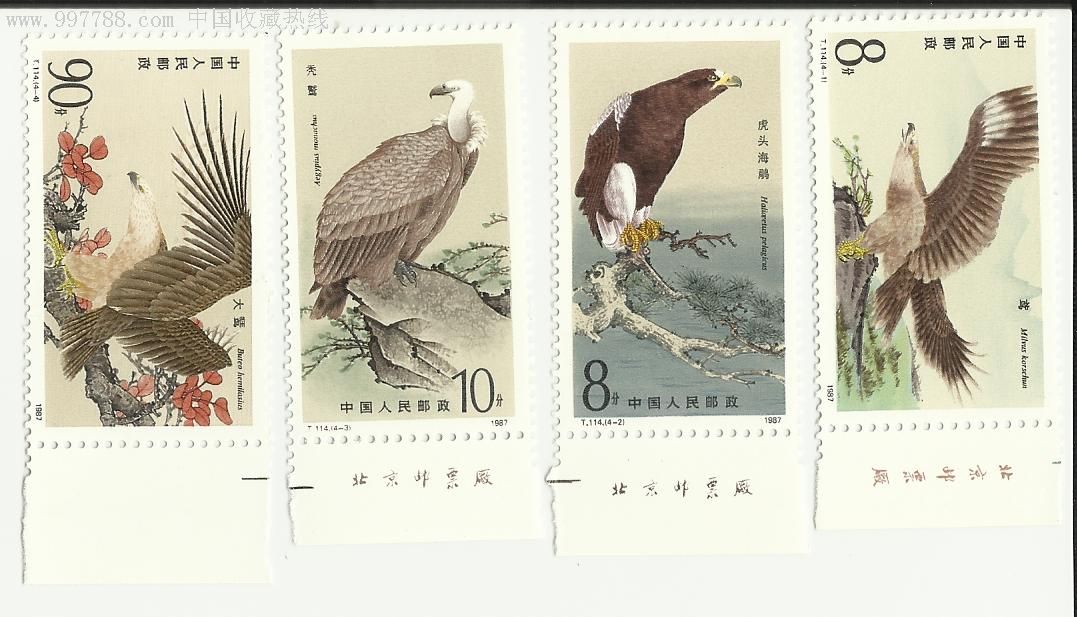
古者圣人为猛禽狡兽暴人害民，于是教民以兵行。